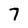
Character: 7